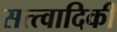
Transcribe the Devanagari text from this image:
सत्त्वादिकीं